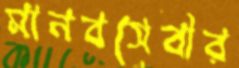
মানবসেবীর